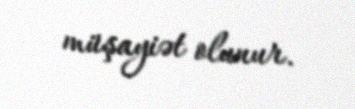
müşayiət olunur.